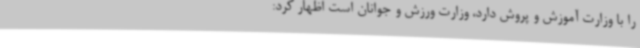
را با وزارت آموزش و پروش دارد، وزارت ورزش و جوانان است اظهار کرد: